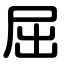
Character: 屈